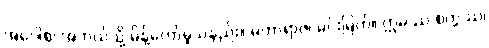
အဝေါစ၊ အဘယ်သို့ မိန့်တော်မူသနည်း။ မဟာရာဇ၊ မင်းမြတ်။ ဣမဿ စက္ကဿ၊